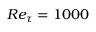
R e _ { \tau } = 1 0 0 0